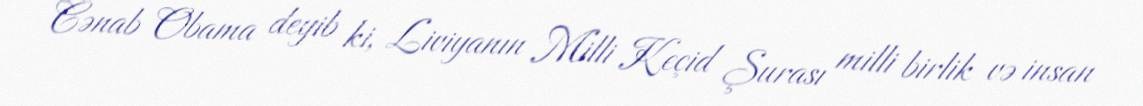
Cənab Obama deyib ki, Liviyanın Milli Keçid Şurası milli birlik və insan